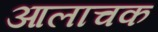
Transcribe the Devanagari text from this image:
आलाचक